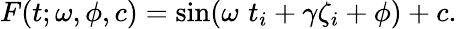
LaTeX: F(t;\omega,\phi,c)=\sin(\omega\, \, t_{i}+\gamma\zeta_{i}+\phi)+c.